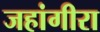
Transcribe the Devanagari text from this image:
जहांगीरा